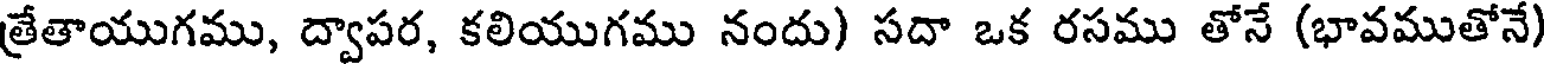
త్రేతాయుగము, ద్వాపర, కలియుగము నందు) సదా ఒక రసము తోనే (భావముతోనే)